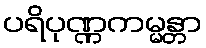
ပရိပုဏ္ဏကမ္မန္တာ